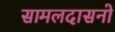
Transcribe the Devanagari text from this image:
सामलदासनो